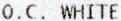
O.C. WHITE